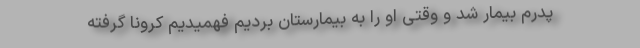
پدرم بیمار شد و وقتی او را به بیمارستان بردیم فهمیدیم کرونا گرفته